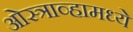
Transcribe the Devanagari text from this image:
ओस्त्राव्हामध्ये